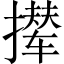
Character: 撵